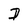
Character: D